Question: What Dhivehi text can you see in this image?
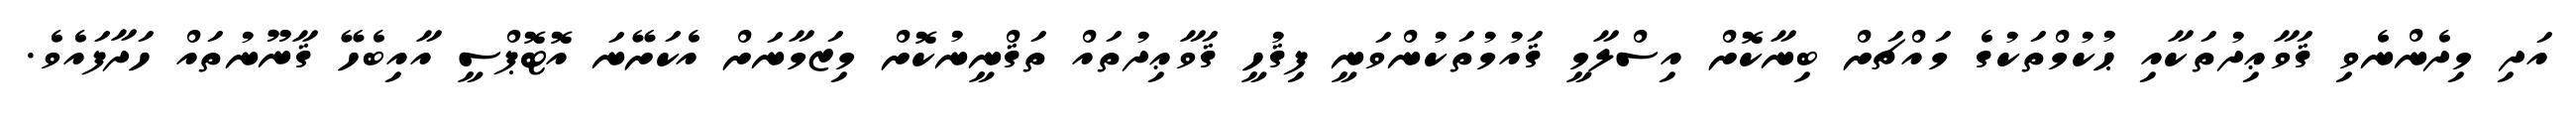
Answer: އަދި މިދެންނެވި ޤަވާޢިދުތަކާއި ޙުކުމްތަކުގެ މައްޗަށް ބިނާކޮށް އިސްލާމީ ޤައުމުތަކުންވަނީ ފިޤުހީ ޤަވާޢިދުތައް ތަޤްނީނުކޮށް މިޒަމާނަށް އެކަށޭނަ އޮޓޮޕްސީ އާއިބެހޭ ޤާނޫނުތައް ހަދާފައެވެ.